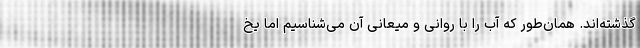
گذشته‌اند. همان‌طور که آب را با روانی و میعانی آن می‌شناسیم اما یخ